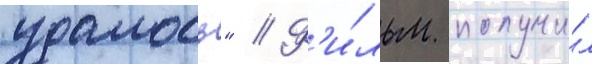
удалось" // Ф'и́льм получи́л